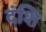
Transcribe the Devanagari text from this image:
दंशि